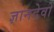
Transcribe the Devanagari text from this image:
ज्ञानदेवो